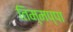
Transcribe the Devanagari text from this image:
तिम्मप्पा